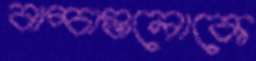
বাচ্চাগুলোকে